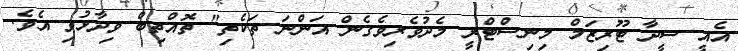
އެއީ ސީދާ ޓޫރިޒަމް މިނިސްޓްރީ މެދުވެރިވެގެން އަންނަ ތަކެތި" ތޮއްތިބް ވިދާޅުވި އެވެ.